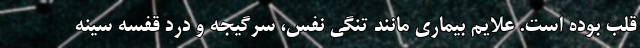
قلب بوده است. علایم بیماری مانند تنگی نفس، سرگیجه و درد قفسه سینه